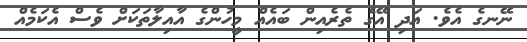
ނޭނގެ އެވެ. އަދި އޭގެ ތެރެއިން ބައެއް މީހުންގެ އާއިލާތަކަށް ވެސް އެކަމެއް